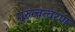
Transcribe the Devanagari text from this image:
गुरुत्वत्वरण